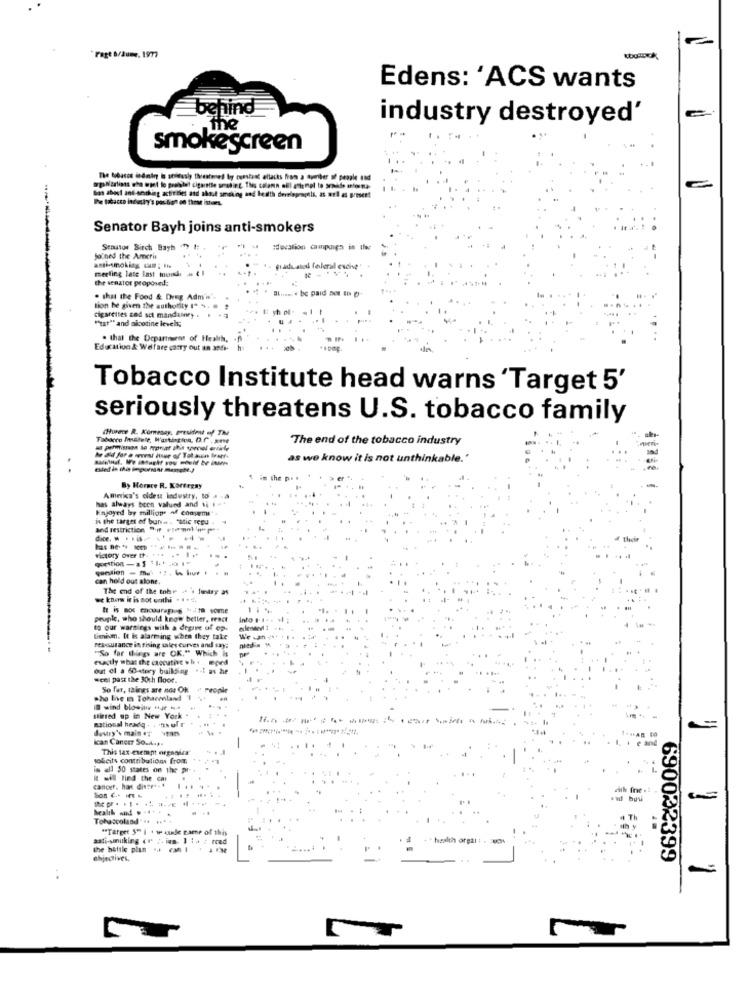
*Fatt 8/Jume. 1977
Edens: 'ACS wants
behind
industry destroyed'
The
smokescreen
The tobacco indning Is stitesly threatened by cuestast allacks from a dumber of people sud
Bas abast and arching activities and about smoking and health derris
The tabacca industry's position on those ishes.
Senator Bayh joins anti-smokers
Senatos Birch Bayh
;ducation campaign in the
Joined the Ameris
meeting late last murde
Lated fe
lescive"
the senator proposed:
c paid Det to 0.
. that the Food & Drug Adm'w'.
tion be given the authority (" ".
cigarettes and sct mandatory .
"tat" and nicotine levels;
. that the Deparmaens of Health,
Educativo & Welfare carry out an 3etr-
Tobacco Institute head warns 'Target 5'
seriously threatens U.S. tobacco family
Tablero Inwesele, Wartisttoa, D.C .one
The end of the tobacco industry
as we know it is not unthinkable.'
By Horace R. Kortegay
has always been valued and 1; 1=+
America's oldest industry, to # .
Enjoyed by milligps of conyeme"
in the target of buna . "atic regu
and restriction of riomolin pet
victory over the *** .* I **
question -35 3-01-
can hold out alone.
The end of the tobe - i lmary as
we know it is not unthi . . ...
te is moc cacourep-s with some
peuple, who should know better, react
to our warslegs with a degree of op.
timism. It is alarm ing when they take
reinsurance in fising sales curves and say:
"So far things are OK." Which Is
nied
exactly what the caccutive . h . med
out of a 60-story building ..; as he
"cel past the 30th floor.
So far, things are nos OK
People
wind bo-in -Je --
stirred up in New York
national headq -tth uf r
dustry's main .7' ytan
An IO
ican Cancer So.A.p.
e and
This tax exempt organica"
sofieits contributions from
is all 50 states on the pr
cancer. har disse *- *
with fre .t
Bon C .. It -
health and . ... . .
Tohascoland' .. ..**
"Target 5" ) . w kunde came of this
anti-smuking (r ;. iam- 1 14 : read
health orgal : - - 80
the battle plus - 1
chjectives,
690022399